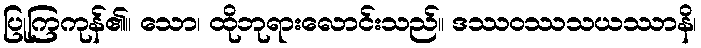
ပြုကြကုန်၏။ သော၊ ထိုဘုရားလောင်းသည်။ ဒဿဝဿသယဿာနိ၊